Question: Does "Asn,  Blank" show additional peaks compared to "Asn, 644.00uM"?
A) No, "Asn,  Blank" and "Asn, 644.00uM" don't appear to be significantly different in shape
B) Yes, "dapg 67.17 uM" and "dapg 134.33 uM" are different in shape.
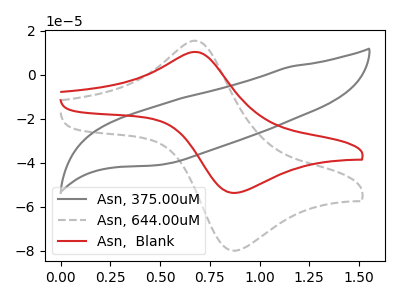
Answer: <think>The gray curve "Asn, 375.00uM" has no peaks. The gray dashed curve "Asn, 644.00uM" has an anodic peak at (0.70V, 15.50uA) and a cathodic peak at (0.90V, -79.90uA). The red curve "Asn,  Blank" has an anodic peak at (0.70V, 10.40uA) and a cathodic peak at (0.90V, -53.65uA).
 All the peaks in "Asn,  Blank" have a peak in "Asn, 644.00uM" at the same potential. Every peak in "Asn,  Blank" is lower than every peak in "Asn, 644.00uM".</think>
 <answer>A) No, "Asn,  Blank" and "Asn, 644.00uM" don't appear to be significantly different in shape</answer>
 <eval>A</eval>